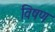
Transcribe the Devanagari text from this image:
विषण